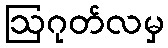
ဩဂုတ်လမှ